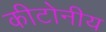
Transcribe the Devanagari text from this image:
कीटोनीय